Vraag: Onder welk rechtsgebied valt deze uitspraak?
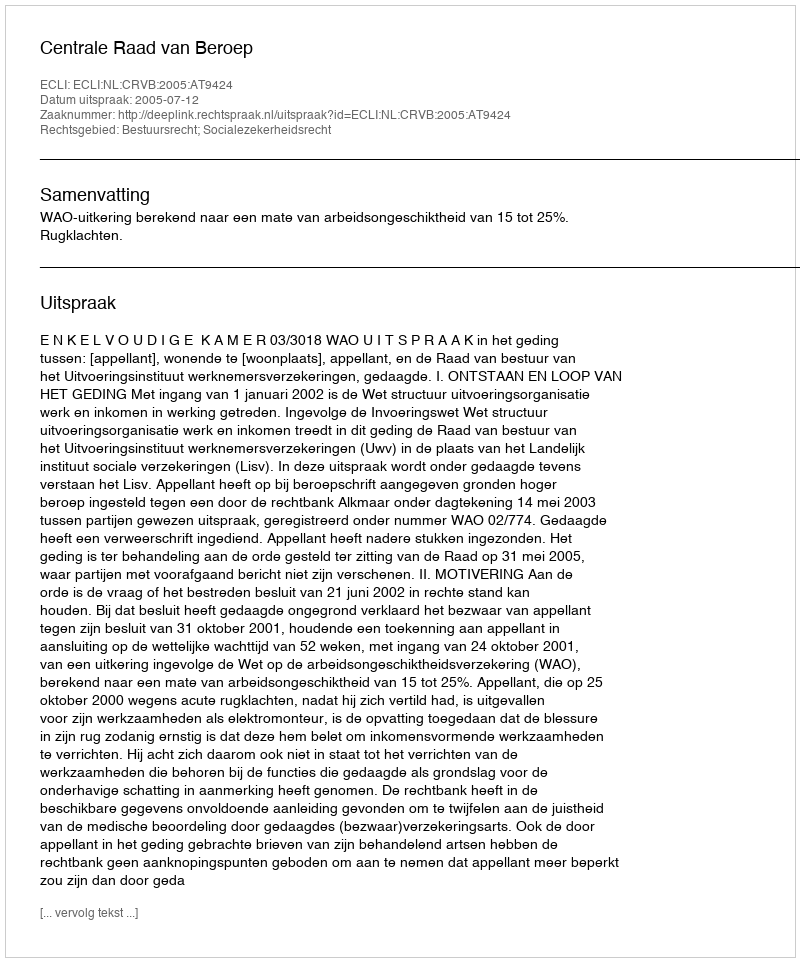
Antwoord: Bestuursrecht; Socialezekerheidsrecht